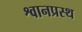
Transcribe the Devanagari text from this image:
श्वानप्रस्थ